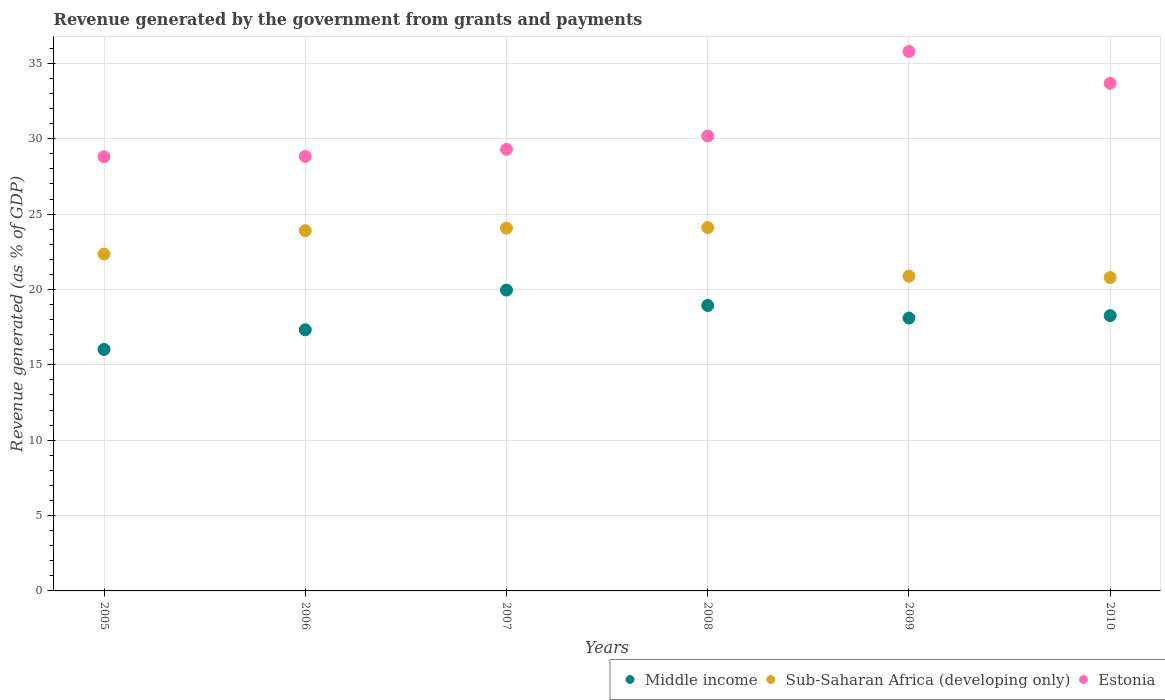
| Years | Middle income | Sub-Saharan Africa (developing only) | Estonia |
 | --- | --- | --- | --- |
 | 2005 | 16 | 22.3 | 28.8 |
 | 2006 | 17.3 | 23.9 | 28.8 |
 | 2007 | 20 | 24.1 | 29.3 |
 | 2008 | 18.9 | 24.1 | 30.2 |
 | 2009 | 18.1 | 20.9 | 35.8 |
 | 2010 | 18.3 | 20.8 | 33.7 |